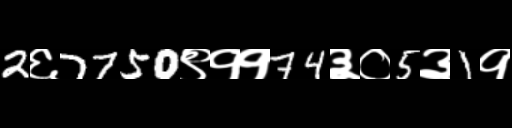
Text: 2६7750९११74३०5३1१